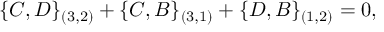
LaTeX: \{ C , D \} _ { ( 3 , 2 ) } + \{ C , B \} _ { ( 3 , 1 ) } + \{ D , B \} _ { ( 1 , 2 ) } = 0 ,